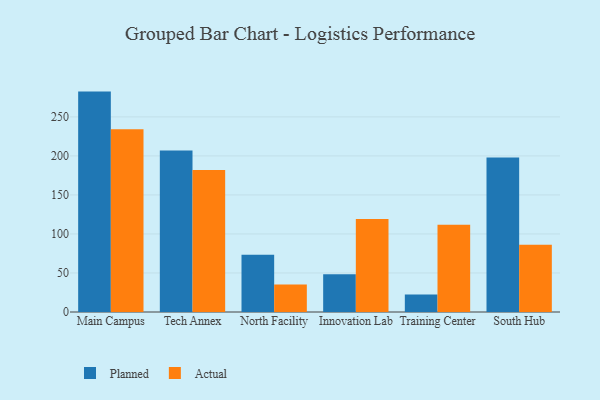
{"axis": {"x": "Campus", "y": "Production Output"}, "legend": ["Actual", "Planned"], "data": [{"x": "Main Campus", "y": 282.4, "type": "Planned"}, {"x": "Main Campus", "y": 234.3, "type": "Actual"}, {"x": "Tech Annex", "y": 206.9, "type": "Planned"}, {"x": "Tech Annex", "y": 181.9, "type": "Actual"}, {"x": "North Facility", "y": 73.5, "type": "Planned"}, {"x": "North Facility", "y": 35.3, "type": "Actual"}, {"x": "Innovation Lab", "y": 48.4, "type": "Planned"}, {"x": "Innovation Lab", "y": 119.2, "type": "Actual"}, {"x": "Training Center", "y": 22.3, "type": "Planned"}, {"x": "Training Center", "y": 111.8, "type": "Actual"}, {"x": "South Hub", "y": 197.9, "type": "Planned"}, {"x": "South Hub", "y": 86.2, "type": "Actual"}]}